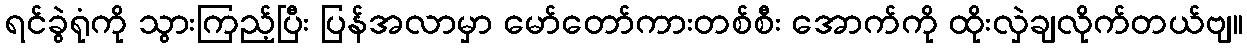
ရင်ခွဲရုံကို သွားကြည့်ပြီး ပြန်အလာမှာ မော်တော်ကားတစ်စီး အောက်ကို ထိုးလှဲချလိုက်တယ်ဗျ။